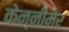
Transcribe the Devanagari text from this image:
केन्नीमेर